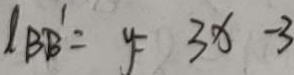
I _ { B B ^ { \prime } } = y = 3 x - 3